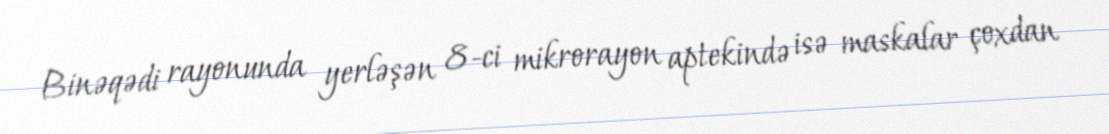
Binəqədi rayonunda yerləşən 8-ci mikrorayon aptekində isə maskalar çoxdan